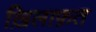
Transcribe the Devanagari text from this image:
ख़िलाफ़़त